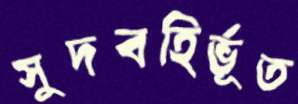
সুদবহির্ভূত